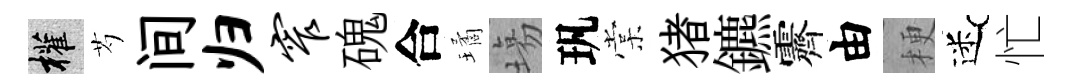
權芍间归窄磈合璚塲㺬棠猪鑣霽由梗迷忙